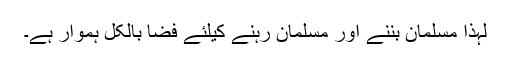
لہذا مسلمان بننے اور مسلمان رہنے کیلئے فضا بالکل ہموار ہے۔